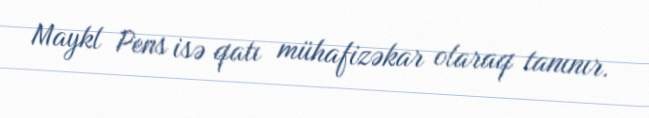
Maykl Pens isə qatı mühafizəkar olaraq tanınır.